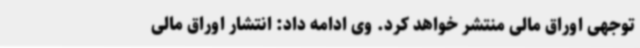
توجهی اوراق مالی منتشر خواهد کرد. وی ادامه داد:‌ انتشار اوراق مالی